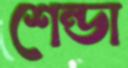
শেন্ডা